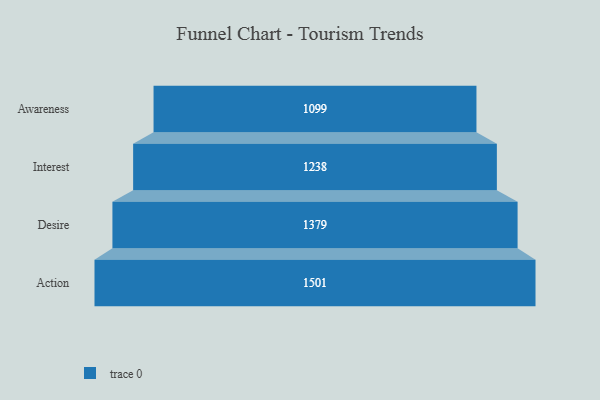
{"axis": {"x": "Stage", "y": "Value"}, "legend": [""], "data": [{"x": "Awareness", "y": 1099.0, "type": ""}, {"x": "Interest", "y": 1238.0, "type": ""}, {"x": "Desire", "y": 1379.0, "type": ""}, {"x": "Action", "y": 1501.0, "type": ""}]}